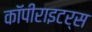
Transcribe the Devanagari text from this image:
कॉपीराइटर्स